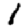
Digit: 1